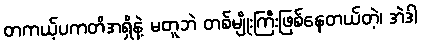
တကယ့်ပကတိအရှိနဲ့ မတူဘဲ တစ်မျိုးကြီးဖြစ်နေတယ်တဲ့၊ အဲဒါ